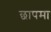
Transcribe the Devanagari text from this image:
छापमा